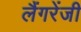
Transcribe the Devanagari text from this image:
लैंगरेंजी